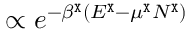
\propto e ^ { - \beta ^ { \tt X } ( E ^ { \tt X } - \mu ^ { \tt X } N ^ { \tt X } ) }